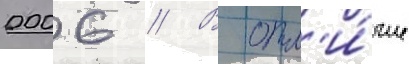
0006 // В отл'и́чие